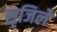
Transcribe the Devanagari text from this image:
सृजिले